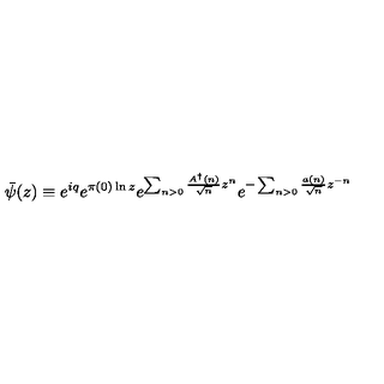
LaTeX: { \bar { \psi } } ( z ) \equiv e ^ { i q } e ^ { \pi ( 0 ) \ln z } e ^ { \sum _ { n > 0 } \frac { A ^ { \dag } ( n ) } { \sqrt { n } } z ^ { n } } e ^ { - \sum _ { n > 0 } \frac { a ( n ) } { \sqrt { n } } z ^ { - n } }